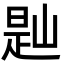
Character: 𡺔